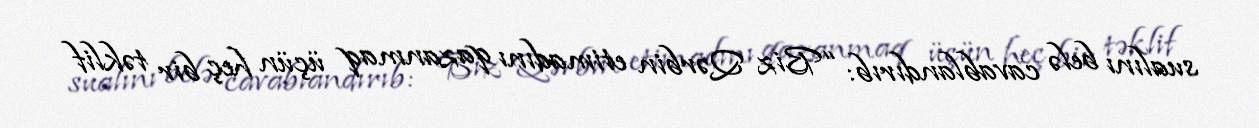
sualını belə cavablandırıb: “Biz Qərbin etimadını qazanmaq üçün heç bir təklif